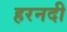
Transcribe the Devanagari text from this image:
हरनदी